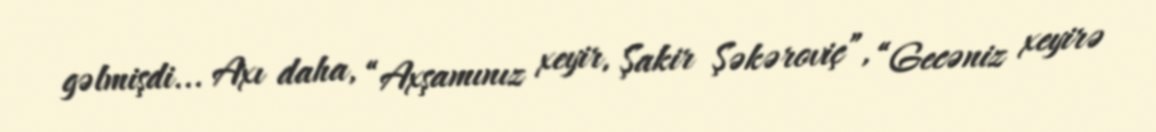
gəlmişdi... Axı daha, “Axşamınız xeyir, Şakir Şəkəroviç”, “Gecəniz xeyirə